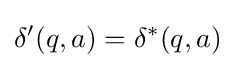
\delta '(q,a)=\delta ^{*}(q,a)